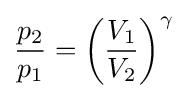
{\frac {p_{2}}{p_{1}}}=\left({\frac {V_{1}}{V_{2}}}\right)^{\gamma }